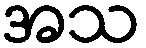
အသ